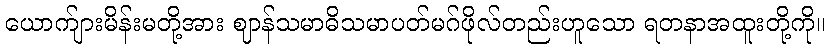
ယောက်ျားမိန်းမတို့အား ဈာန်သမာဓိသမာပတ်မဂ်ဖိုလ်တည်းဟူသော ရတနာအထူးတို့ကို။